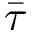
\bar { \tau }